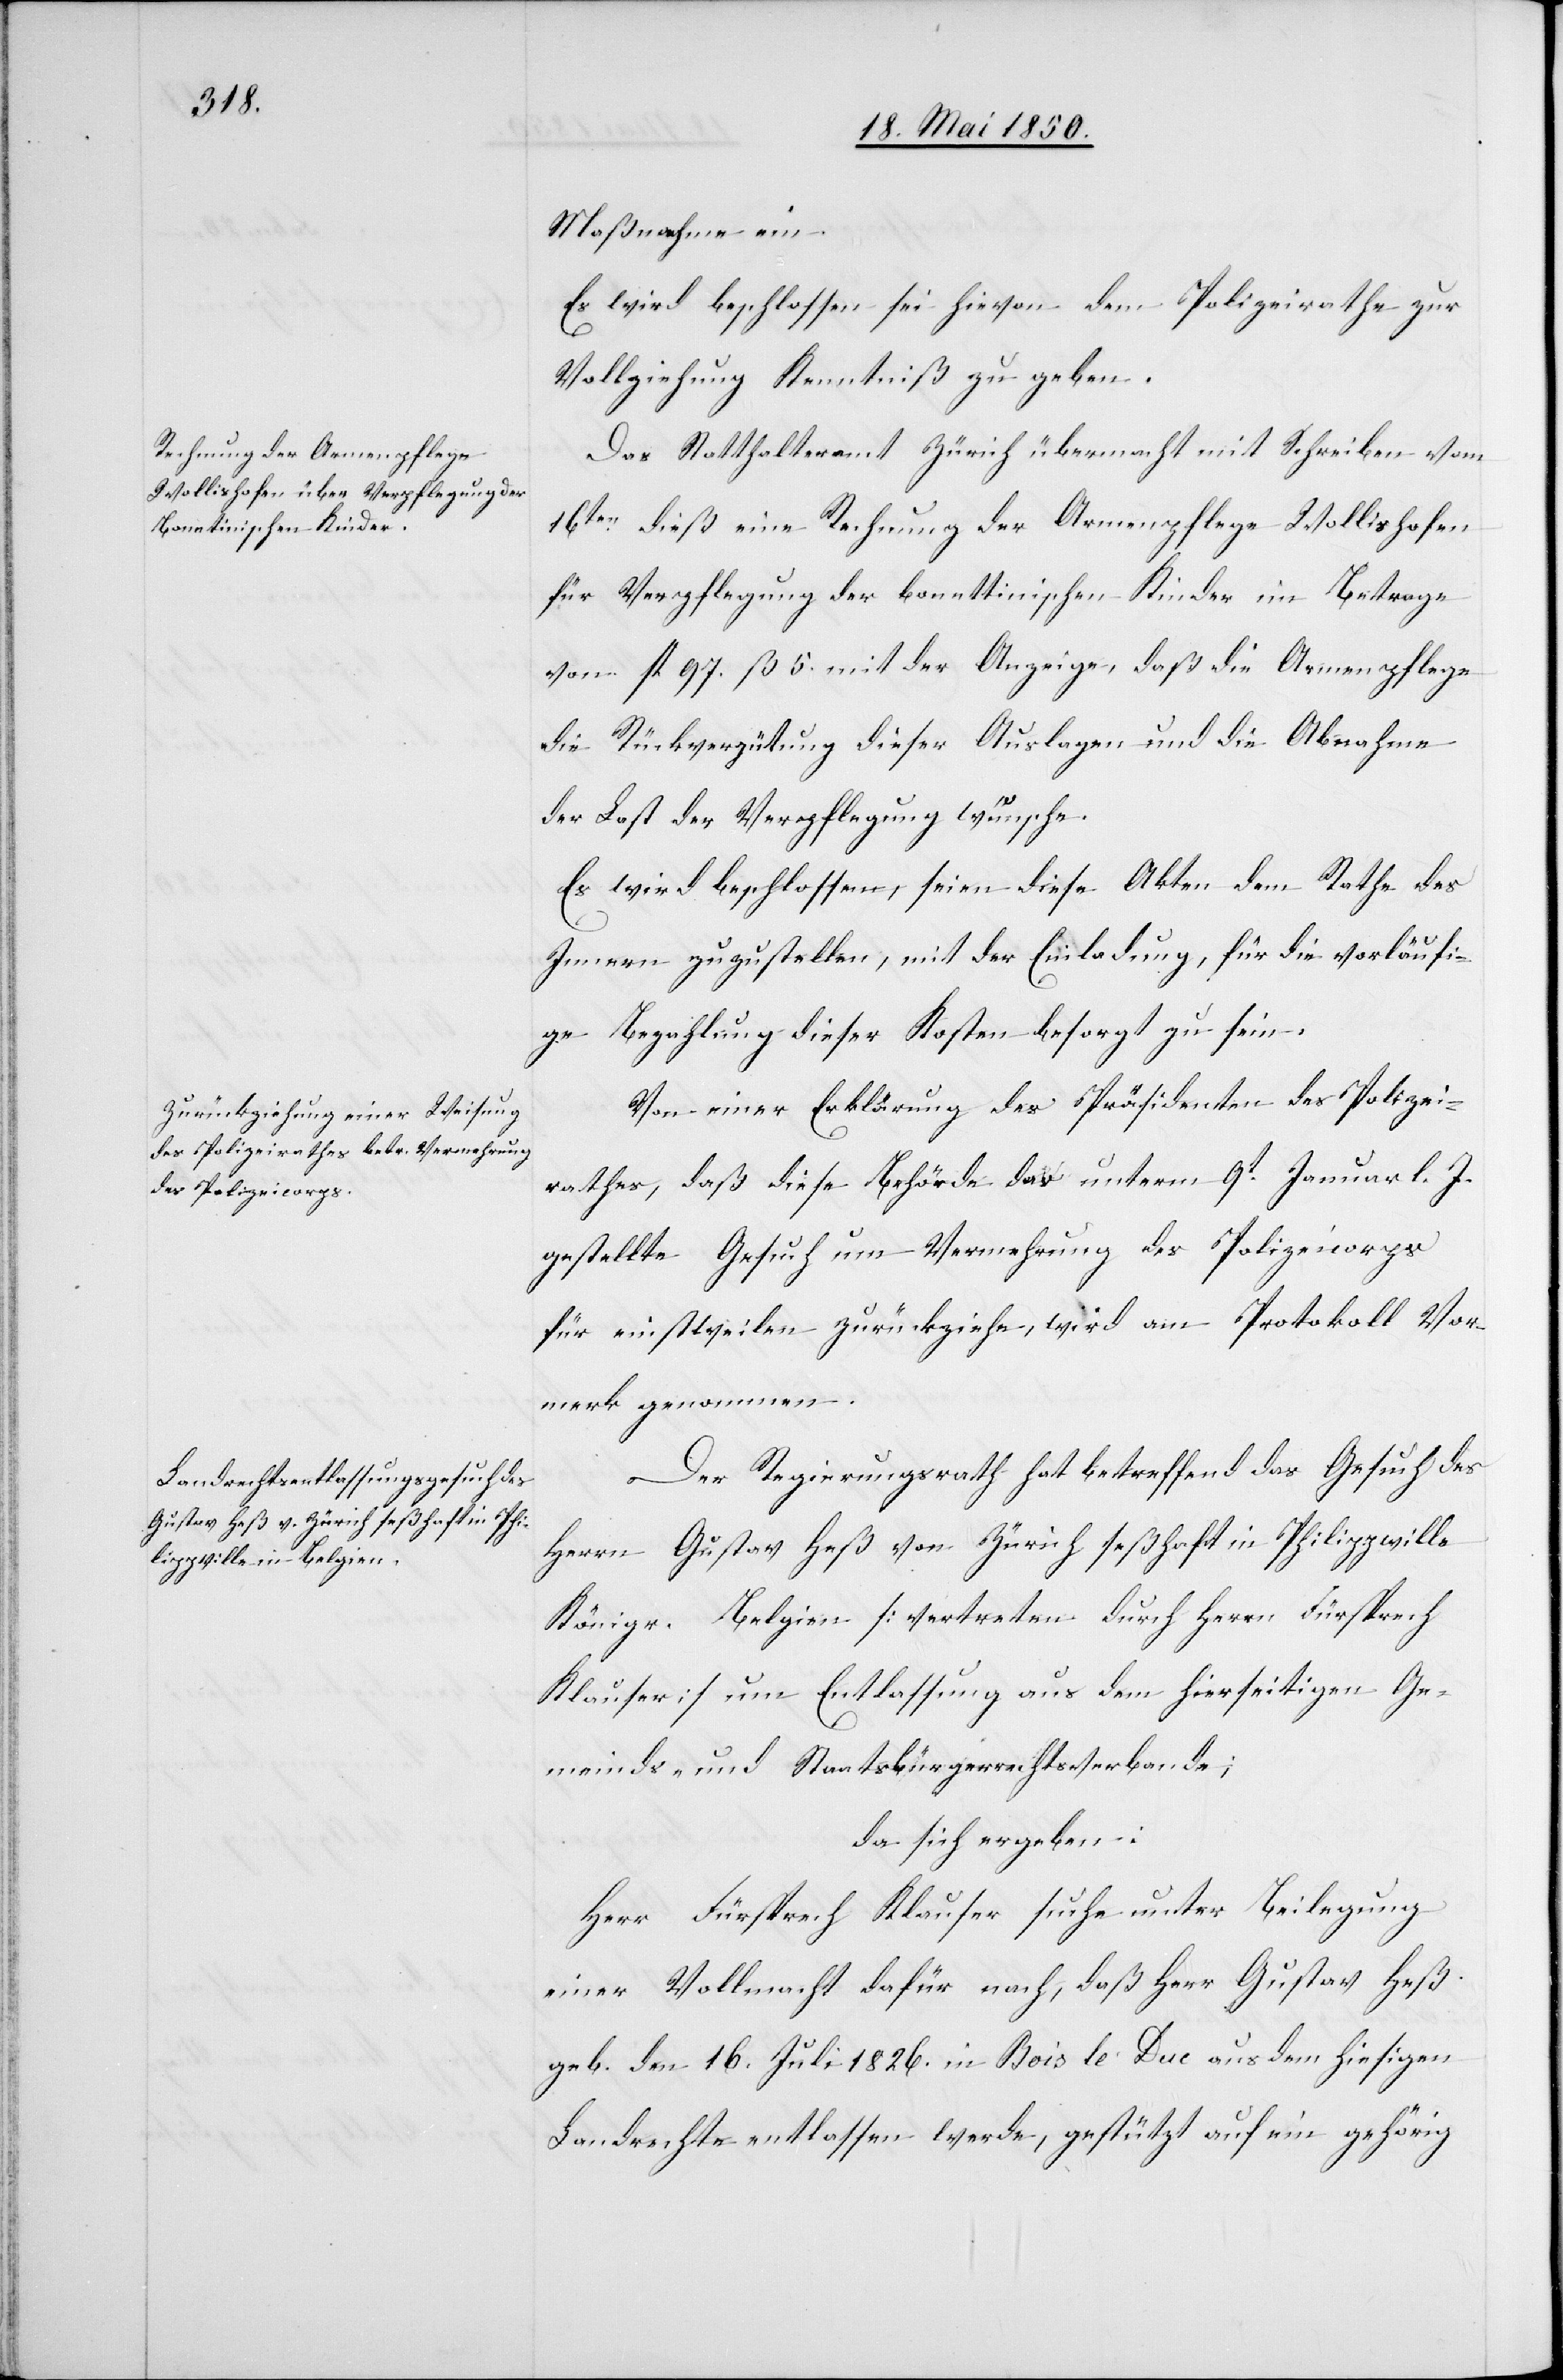
Maßnahme ein.
Es wird beschlossen sei hievon dem Polizeirathe zur
Vollziehung Kenntniß zu geben.
Das Statthalteramt Zürich übermacht mit Schreiben vom
16ten dieß eine Rechnung der Armenpflege Wollishofen
für Verpflegung der bonnttinischen Kinder im Betrag
von fl 97. ß 5. mit der Anzeige, daß die Armenpflege
die Rückvergütung dieser Auslagen und die Abnahme
der Last der Verpflegung wünsche.
Es wird beschlossen, seien diese Akten dem Rathe des
Innern zuzustellen, mit der Einladung, für die vorläufi¬
ge Bezahlung dieser Kosten besorgt zu sein.
Von einer Erklärung des Präsidenten des Polizei¬
rathes, daß diese Behörde das unterm 9t Januar l. J.
gestellte Gesuch um Vermehrung des Polizeicorps
für einstweilen zurückziehe, wird am Protokoll Vor¬
merk genommen.
Der Regierungsrath hat betreffend das Gesuch des
Herrn Gustav Heß von Zürich seßhaft in Philippwille
Königr. Belgien [vertreten durch Herrn Fürsprech
Klauser] um Entlassung aus dem hierseitigen Ge¬
meinds- und Staatsbürgerrechtsverbande;
da sich ergeben:
Herr Fürsprech Klauser suche unter Beilegung
einer Vollmacht dafür nach, daß Herr Gustav Heß
geb. den 16. Juli 1826. in Bois de Duc aus dem hiesigen
Landrechte entlassen werde, gestützt auf ein gehörig